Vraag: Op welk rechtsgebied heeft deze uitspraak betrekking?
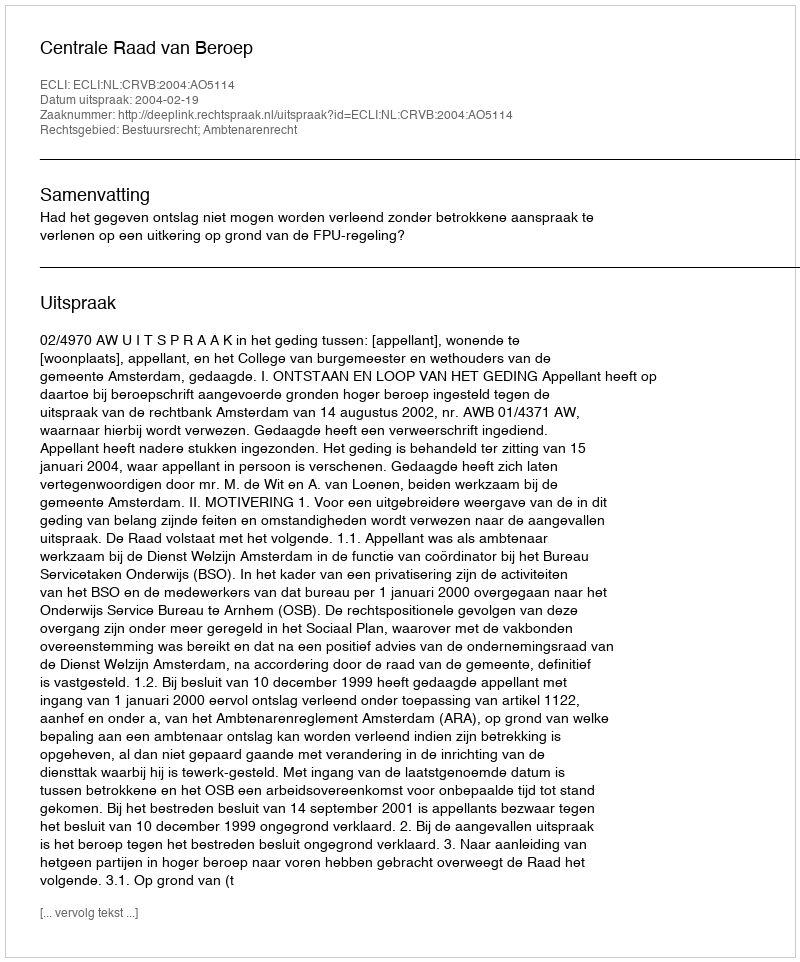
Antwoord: Bestuursrecht; Ambtenarenrecht